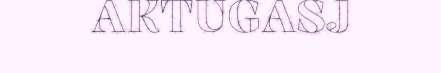
AKTUGASJ